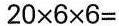
$$2 0\times6\times6$$=